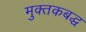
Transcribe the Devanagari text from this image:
मुक्तकबद्ध